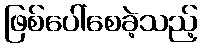
ဖြစ်ပေါ်စေခဲ့သည့်